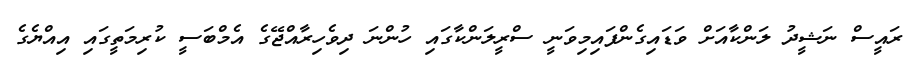
ރައީސް ނަޝީދު ލަންކާއަށް ވަޑައިގެންފައިމިވަނީ ސްރީލަންކާގައި ހުންނަ ދިވެހިރާއްޖޭގެ އެމްބަސީ ކުރިމަތީގައި އިއްޔެގެ